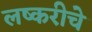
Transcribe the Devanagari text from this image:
लष्करीचे